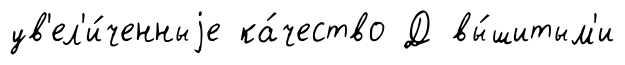
ув'ел'и́ченныjе ка́чество Д вы́шитым'и